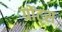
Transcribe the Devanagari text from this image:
ग्रोट्स